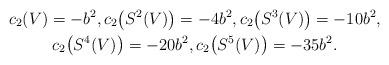
LaTeX: \begin{gather*}c_2(V) = -b^2, c_2\big(S^2(V)\big) = -4b^2, c_2\big(S^3(V)\big) =-10b^2, \\ c_2\big(S^4(V)\big) = -20b^2, c_2\big(S^5(V)\big) = -35b^2.\end{gather*}